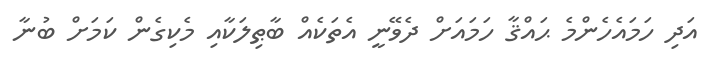
އަދި ހަމައެހެންމެ ޙައްޤާ ހަމައަށް ދެވޭނީ އެތަކެއް ބާޠިލަކާއި މެކިގެން ކަމަށް ބުނާ